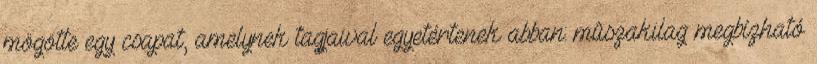
mögötte egy csapat, amelynek tagjaival egyetértenek abban: mûszakilag megbízható